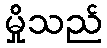
မှိုသည်